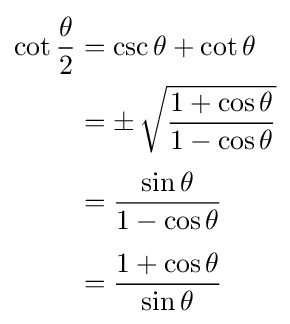
{\begin{aligned}\cot {\frac {\theta }{2}}&=\csc \theta +\cot \theta \\&=\pm \,{\sqrt {\frac {1+\cos \theta }{1-\cos \theta }}}\\[3pt]&={\frac {\sin \theta }{1-\cos \theta }}\\[4pt]&={\frac {1+\cos \theta }{\sin \theta }}\end{aligned}}